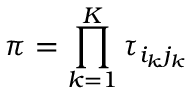
\pi = \prod _ { k = 1 } ^ { K } \tau _ { i _ { k } j _ { k } }